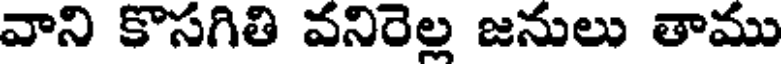
వాని కొసగితి వనిరెల్ల జనులు తాము